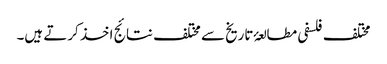
مختلف فلسفی مطالعۂ تاریخ سے مختلف نتائج اخذ کرتے ہیں۔